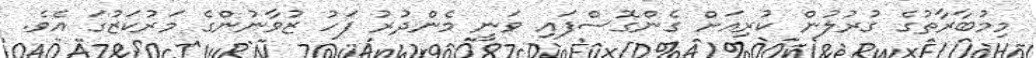
މިމުބާރާތުގެ ގުރުލުން ކުރިއަށް ގެންގޮސްފައި ވަނީ މެންދުރު ފަހު ޒުވާނުންގެ މަރުކަޒުގަ އެވެ.